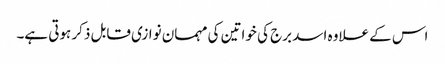
اس کے علاوہ اسد برج کی خواتین کی مہمان نوازی قابل ذکر ہوتی ہے۔